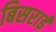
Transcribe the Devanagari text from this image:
बिसराई